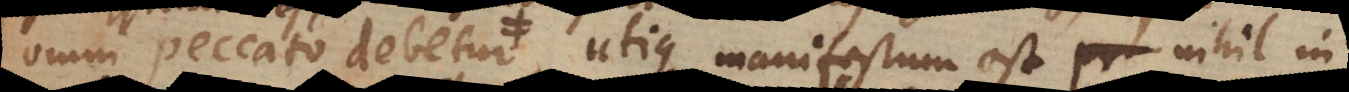
omni peccato debetur, utique manifestum est nihil in